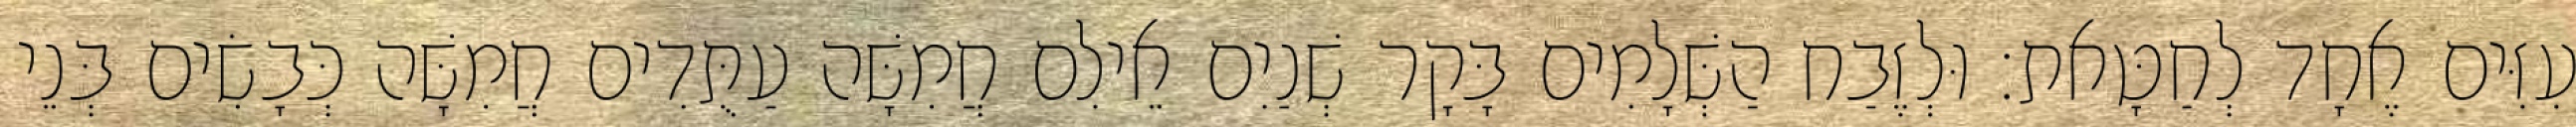
עִזִּים אֶחָד לְחַטָּאת׃ וּלְזֶבַח הַשְּׁלָמִים בָּקָר שְׁנַיִם אֵילִם חֲמִשָּׁה עַתֻּדִים חֲמִשָּׁה כְּבָשִׂים בְּנֵי